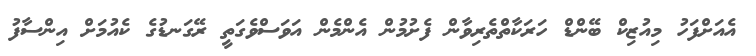
އެއަށްފަހު މިއުޒިކް ބޭންޑް ހަރަކާތްތެރިވާން ފެށުމުން އެންމެން އަވަސްވެގަތީ ރޭގަނޑުގެ ކެއުމަށް އިންސާފު